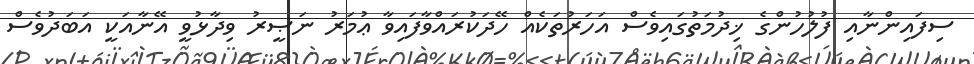
ސިފައިންނާއި ފުލުހުންގެ ޚިދުމަތުގައިވެސް އަހަރުތަކެއް ހޭދަކުރައްވާފައިވާ ޢުމަރު ނަޞީރު ވިދާޅުވީ އޭނާއަކީ އަބަދުވެސް